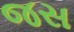
જસ